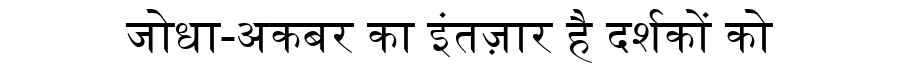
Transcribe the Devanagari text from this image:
जोधा-अकबर का इंतज़ार है दर्शकों को